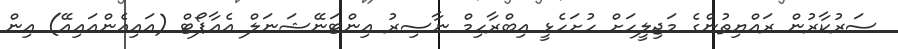
ސަރުކާރުން ރައްޔިތުންގެ މަޖިލީހަށް ހުށަހެޅީ އިބްރާހިމް ނާސިރު އިންޓަނޭޝަނަލް އެއާޕޯޓް (އައިއެންއައިއޭ) އިން